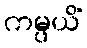
ကမ္ပယိံ